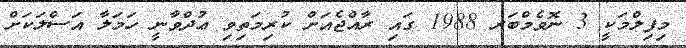
މިފިލްމަކީ 3 ނޮވެމްބަރ 1988 ގައި ރާއްޖެއަށް ކުރިމަތިވި ޢުދްވާނީ ހަމަލާ އަސްލަކަށް